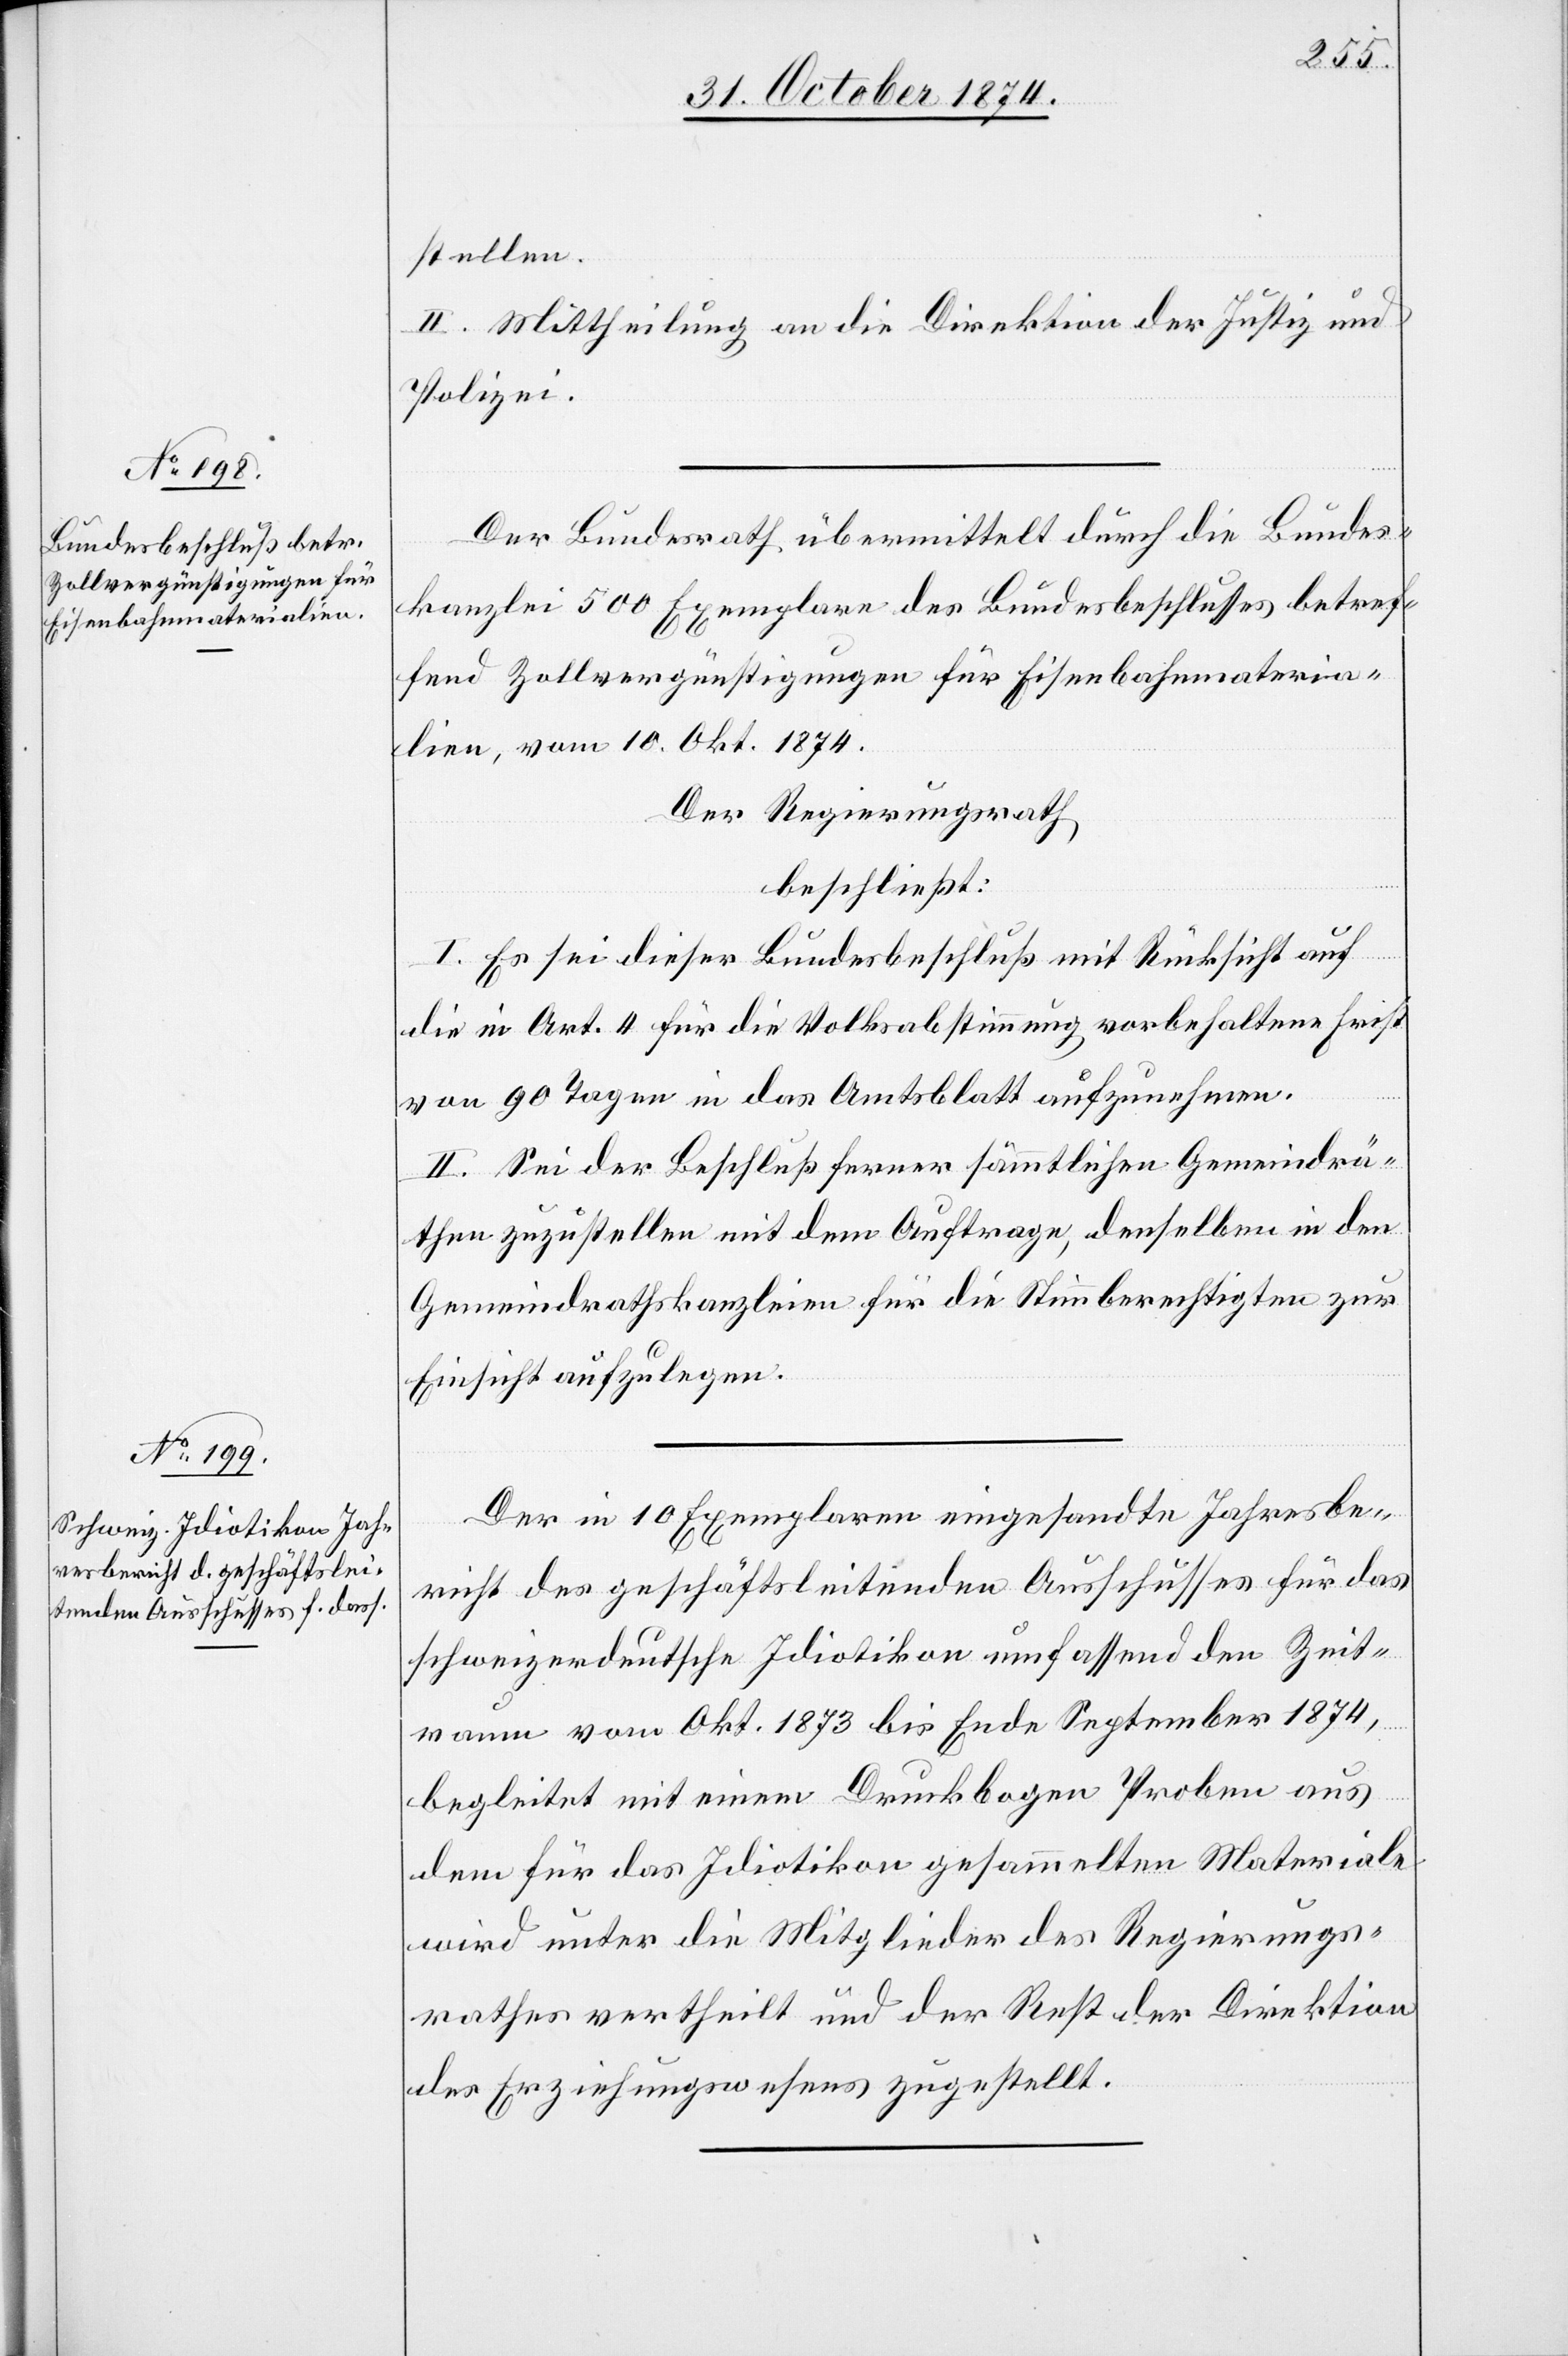
stellen.
II. Mittheilung an die Direktion der Justiz und
Polizei.
Der Bundesrath übermittelt durch die Bundes¬
kanzlei 500 Exemplare des Bundesbeschlusses betref¬
fend Zollvergünstigungen für Eisenbahnmateria¬
lien, vom 10. Okt. 1874.
Der Regierungsrath
beschließt:
I. Es sei dieser Bundesbeschluß mit Rücksicht auf
die in Art. 4 für die Volksbestimmung vorbehaltene Frist
von 90 Tagen in das Amtsblatt aufzunehmen.
II. Sei der Beschluß ferner sämmtlichen Gemeindrä¬
then zuzustellen mit dem Auftrage, denselben in den
Gemeindrathskanzleien für die Stimmberechtigten zur
Einsicht aufzulegen.
Der in 10 Exemplaren eingesandte Jahresbe¬
richt des geschäftsleitenden Ausschusses für das
schweizerdeutsche Idiotikon umfassend den Zeit¬
raum vom Okt. 1873 bis Ende September 1874,
begleitet mit einem Druckbogen Proben aus
dem für das Idiotikon gesammelten Materiale
wird unter die Mitglieder des Regierungs¬
rathes vertheilt und der Rest der Direktion
des Erziehungswesens zugestellt.